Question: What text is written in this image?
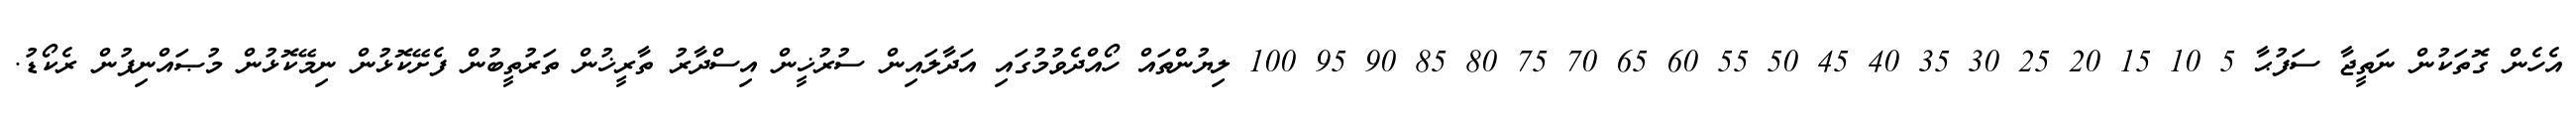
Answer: އެހެން ގޮތަކުން ނަތީޖާ ސަފުޙާ 5 10 15 20 25 30 35 40 45 50 55 60 65 70 75 80 85 90 95 100 ލިޔުންތައް ހޯއްދެވުމުގައި އަދާލައިން ސުރުޚީން އިސްދާރު ތާރީޚުން ތަރުތީބުން ފެށޭކޮޅުން ނިމޭކޮޅުން މުޞައްނިފުން ރެކޯޑު.